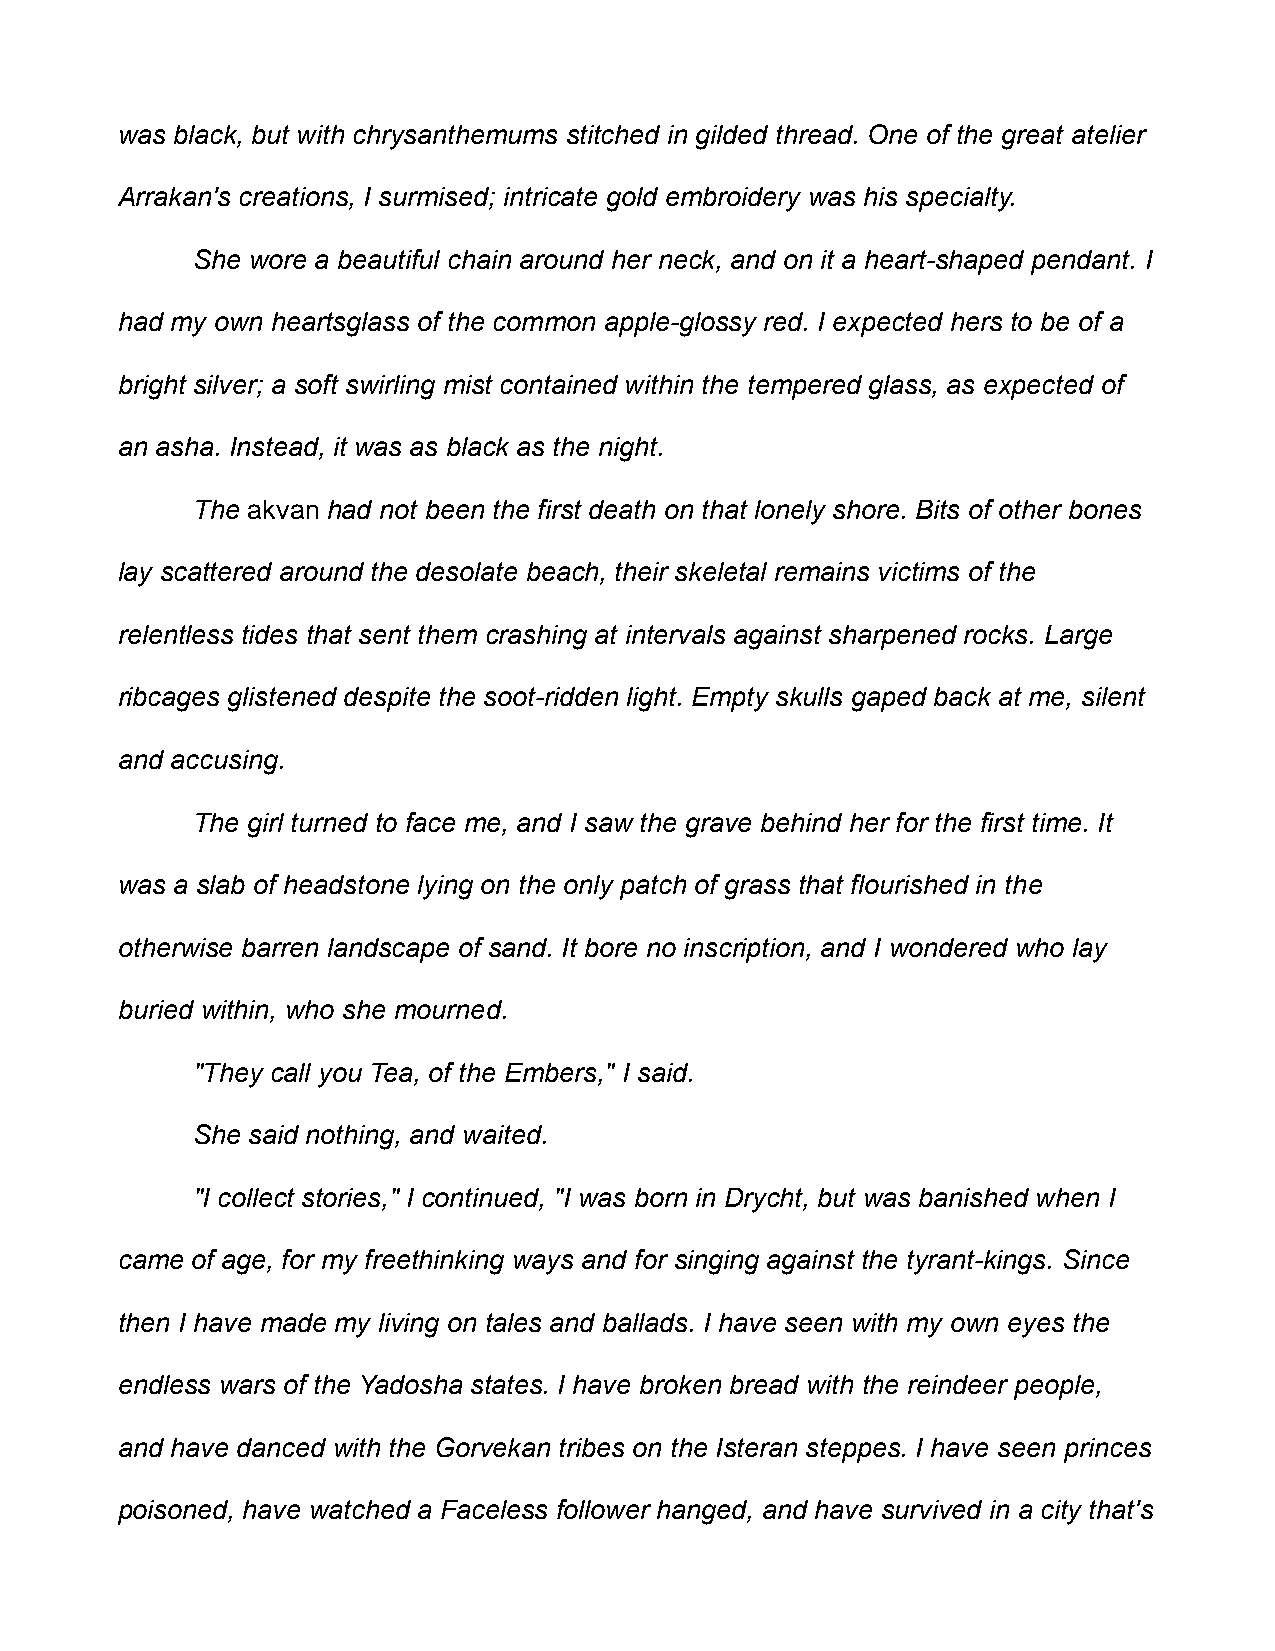
was black, but with chrysanthemums stitched in gilded thread. One of the great atelier
 Arrakan's creations, I surmised; intricate gold embroidery was his specialty.
 She wore a beautiful chain around her neck, and on it a heart-shaped pendant. I
 had my own heartsglass of the common apple-glossy red. I expected hers to be of a
 bright silver; a soft swirling mist contained within the tempered glass, as expected of
 an asha. Instead, it was as black as the night.
 The akvan had not been the first death on that lonely shore. Bits of other bones
 lay scattered around the desolate beach, their skeletal remains victims of the
 relentless tides that sent them crashing at intervals against sharpened rocks. Large
 ribcages glistened despite the soot-ridden light. Empty skulls gaped back at me, silent
 and accusing.
 The girl turned to face me, and I saw the grave behind her for the first time. It
 was a slab of headstone lying on the only patch of grass that flourished in the
 otherwise barren landscape of sand. It bore no inscription, and I wondered who lay
 buried within, who she mourned.
 "They call you Tea, of the Embers," I said.
 She said nothing, and waited.
 "I collect stories," I continued, "I was born in Drycht, but was banished when I
 came of age, for my freethinking ways and for singing against the tyrant-kings. Since
 then I have made my living on tales and ballads. I have seen with my own eyes the
 endless wars of the Yadosha states. I have broken bread with the reindeer people,
 and have danced with the Gorvekan tribes on the Isteran steppes. I have seen princes
 poisoned, have watched a Faceless follower hanged, and have survived in a city that's